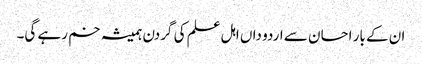
ان کے بار احسان سے اردو داں اہل علم کی گردن ہمیشہ خم رہے گی۔